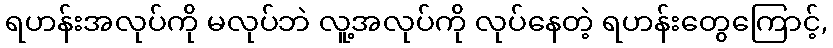
ရဟန်းအလုပ်ကို မလုပ်ဘဲ လူ့အလုပ်ကို လုပ်နေတဲ့ ရဟန်းတွေကြောင့်,